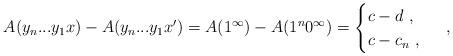
LaTeX: \begin{align*}A(y_n...y_1x) - A(y_n...y_1x') = A(1^\infty) - A(1^n 0^\infty) = \begin{cases}c - d \ , \\c - c_n \ , \end{cases} \ ,\end{align*}